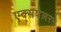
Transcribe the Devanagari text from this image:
एक्सपेलरने